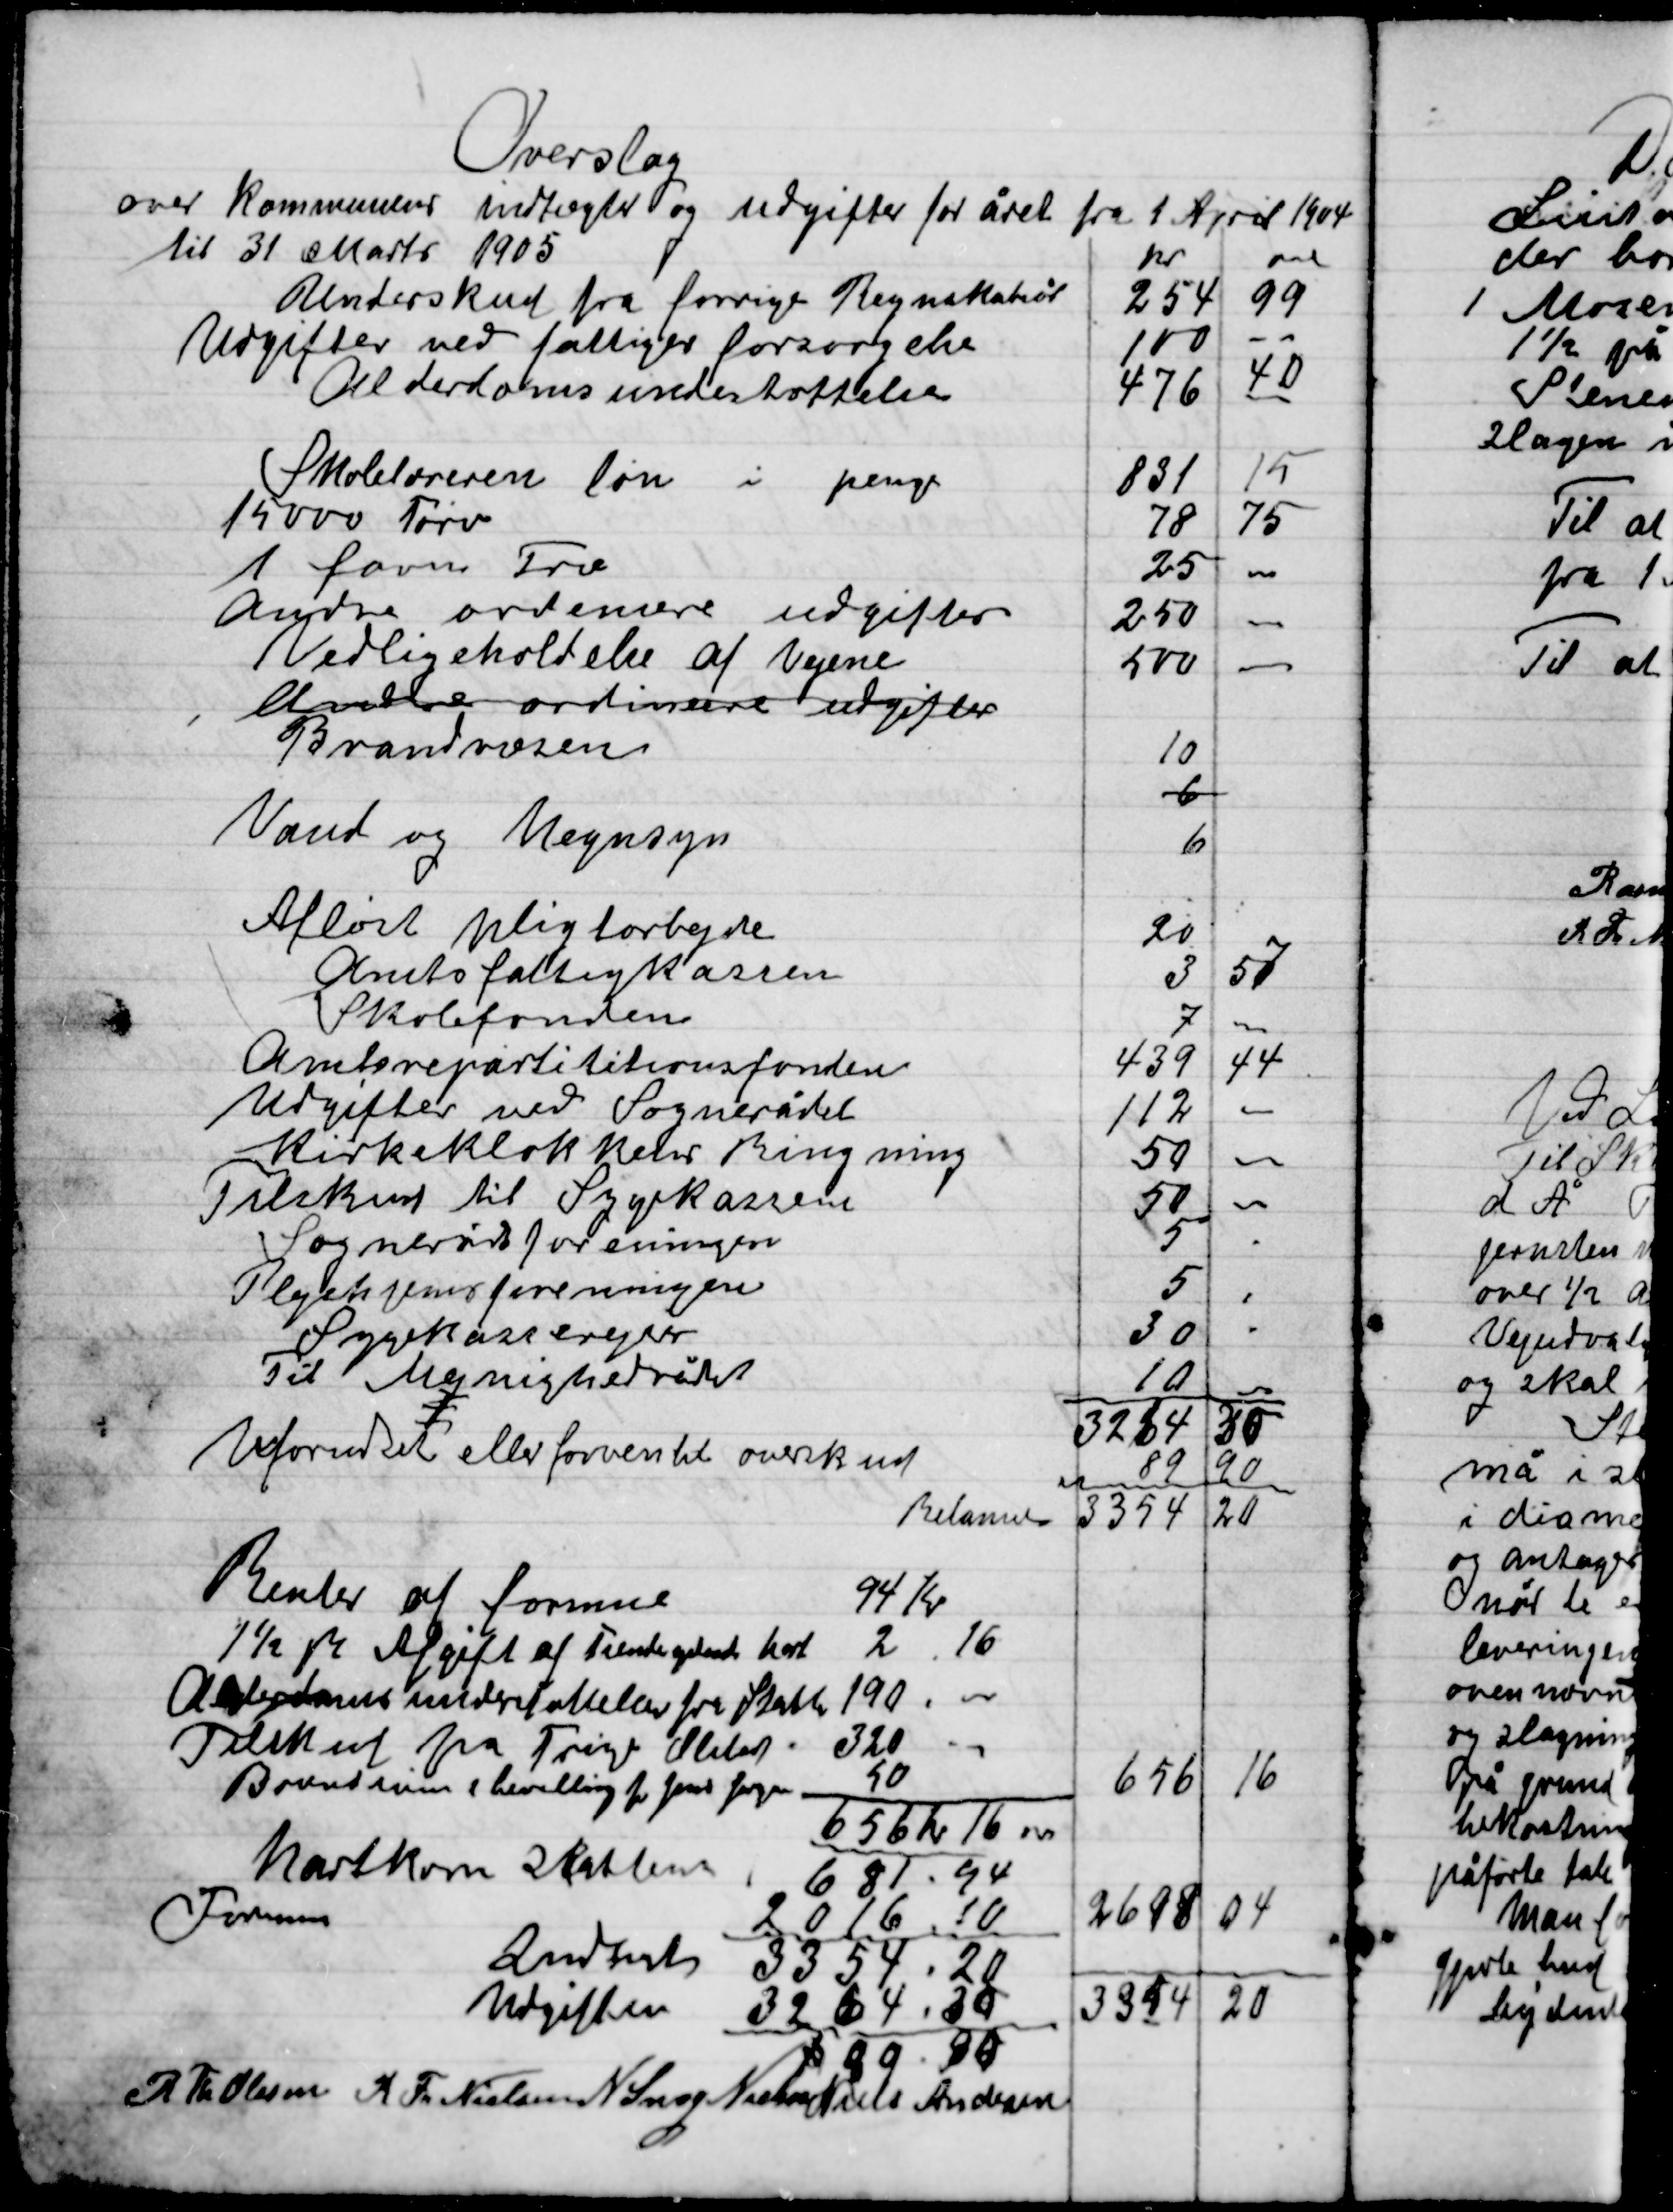
Transskription:
R. Th. Olsen
R. Th. Nielsen
N. Snog Nielsen
Niels Andersen